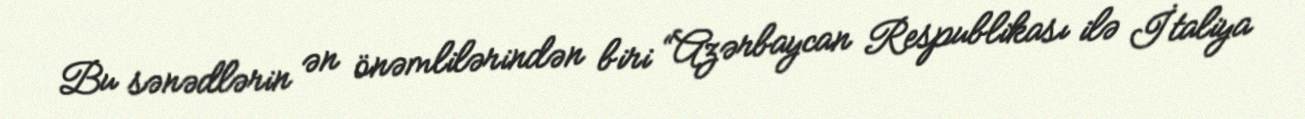
Bu sənədlərin ən önəmlilərindən biri “Azərbaycan Respublikası ilə İtaliya